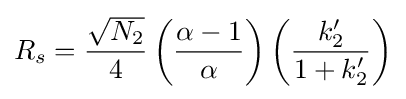
R_{s}={\frac {\sqrt {N_{2}}}{4}}\left({\frac {\alpha -1}{\alpha }}\right)\left({\frac {k'_{2}}{1+k'_{2}}}\right)